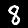
Digit: 8